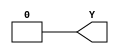
module NV_BLKBOX_SRC0 (
  Y
 );
output Y ;
assign Y = 1'b0;
endmodule